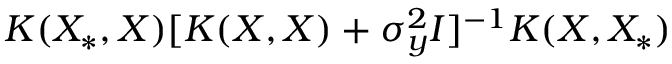
K ( X _ { * } , X ) [ K ( X , X ) + \sigma _ { y } ^ { 2 } I ] ^ { - 1 } K ( X , X _ { * } )